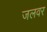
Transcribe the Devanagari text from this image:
जलवर